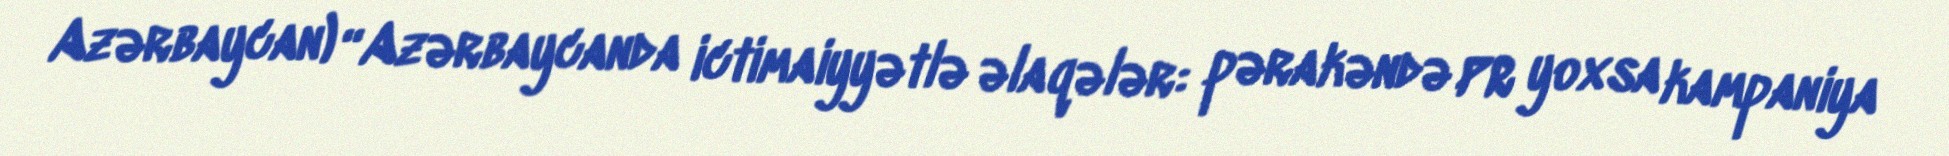
Azərbaycan) “Azərbaycanda ictimaiyyətlə əlaqələr: pərakəndə PR yoxsa kampaniya